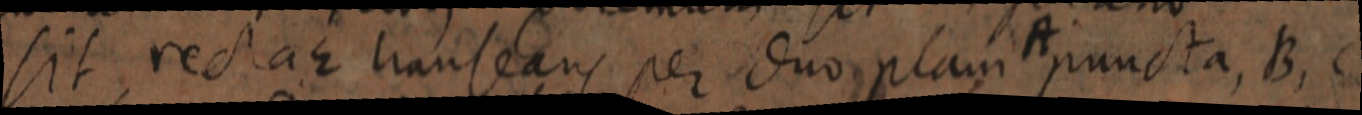
sit rectae transeans per duo plani A puncta, B, C